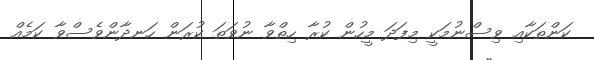
ކަންތަކާއި ވިސްނުމަކީ މިފަދަ މީހުން ކުރާ ހިތްވާ ނުވަތަ ކުރަން ހަނދާންވެސްވާ ކަމެއް